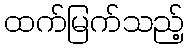
ထက်မြက်သည့်